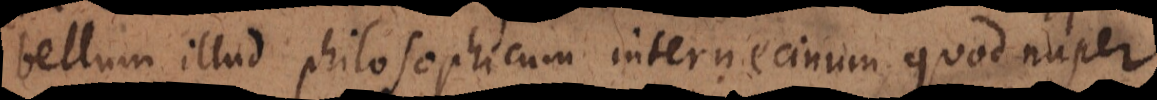
bellum illud philosophicum internecinum, quod nuper